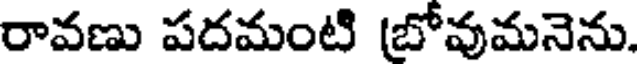
రావణు పదమంటి బోవుమనెను.